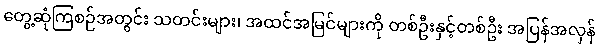
တွေ့ဆုံကြစဉ်အတွင်း သတင်းများ၊ အထင်အမြင်များကို တစ်ဦးနှင့်တစ်ဦး အပြန်အလှန်